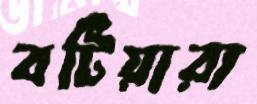
বটিয়ারা